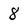
Character: 8